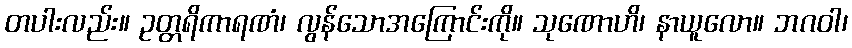
တပါးလည်း။ ဥတ္တရိကာရဏံ၊ လွန်သောအကြောင်းကို။ သုဏောဟိ၊ နာယူလော။ ဘဂဝါ၊